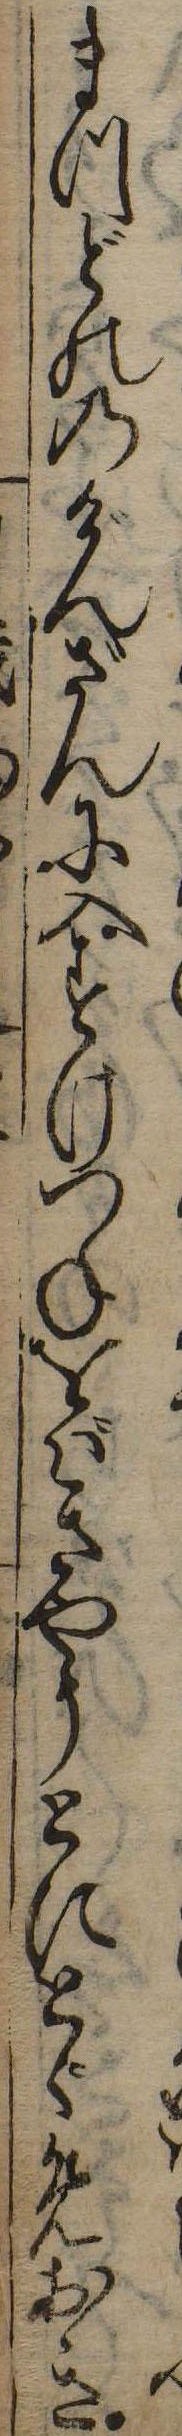
まつどののげんざんに入すけつねをばきやうとにとゞめおき